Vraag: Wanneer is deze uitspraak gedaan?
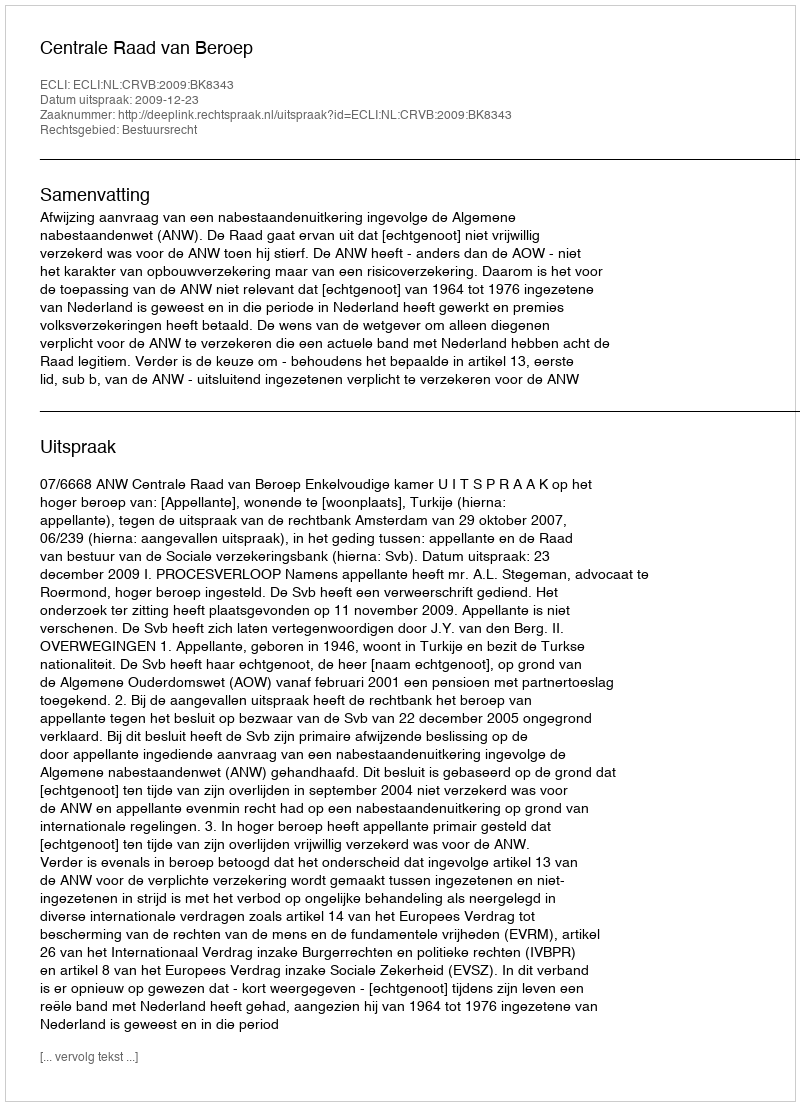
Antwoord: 2009-12-23